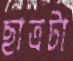
ছাত্রটা